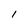
Character: 1